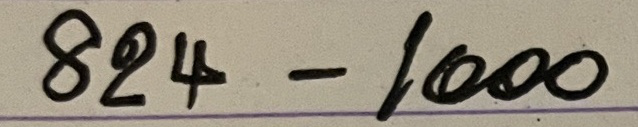
824 - 1000